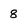
Character: 8